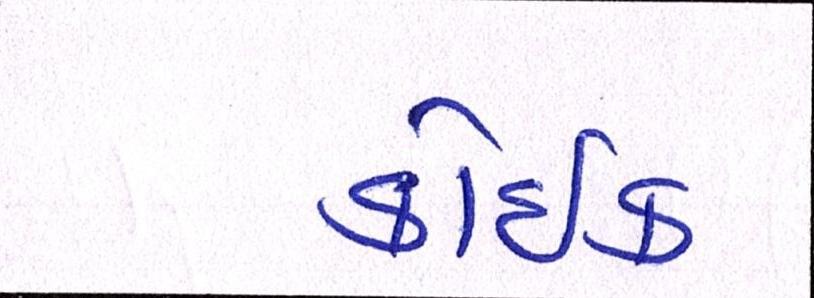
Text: કોઈક